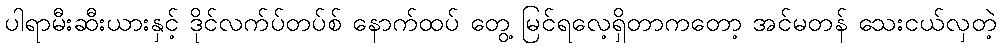
ပါရာမီးဆီးယားနှင့် ဒိုင်လက်ပ်တပ်စ် နောက်ထပ် တွေ့ မြင်ရလေ့ရှိတာကတော့ အင်မတန် သေးငယ်လှတဲ့